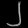
Digit: ၂